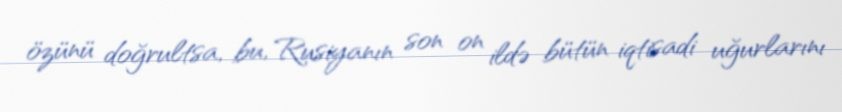
özünü doğrultsa, bu, Rusiyanın son on ildə bütün iqtisadi uğurlarını